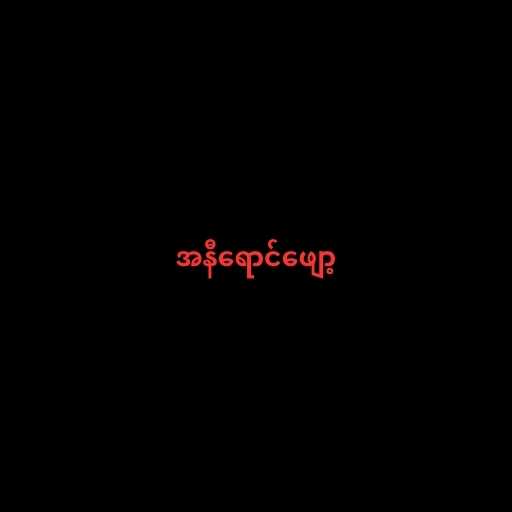
အနီရောင်ဖျော့